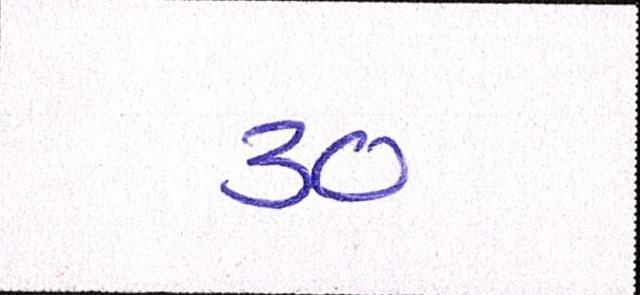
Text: ૩૦